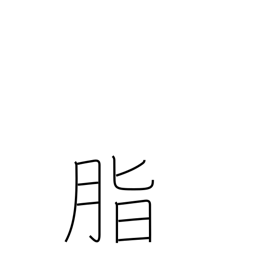
Meaning: rosin